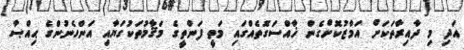
އަދި މި ދާއިރާތަކަށް އަމާޒުކޮށްގެން ޚާއްސަގޮތެއްގައި މަތީ ފަންތީގެ މަޤާމުތަކުގަޔާއި އަންހެނުންގެ ޙިއްޞާ